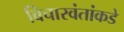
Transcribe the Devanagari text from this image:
विचारवंतांकडे